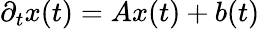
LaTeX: \partial_{t}x(t)=Ax(t)+b(t)